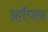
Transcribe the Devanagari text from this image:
क्रॉघन